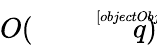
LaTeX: O({\sqrt[[objectObject]]{q}})